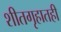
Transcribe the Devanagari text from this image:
शीतगृहातही